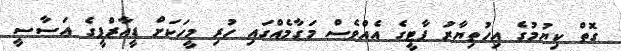
ގޮތް ކިޔުމުގެ އިހުތިޔާރު ޕާޓީގެ އެއްވެސް މަގާމެއްގައި ހުރި މީހަކަށް ޑީއާރްޕީގެ އަސާސީ